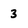
Character: 3